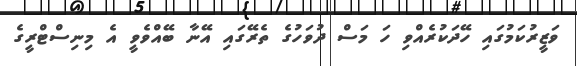
ވަޒީރުކަމުގައި ހޭދަކުރެއްވި ހަ މަސް ދުވަހުގެ ތެރޭގައި އޭނާ ބޭއްވެވީ އެ މިނިސްޓްރީގެ